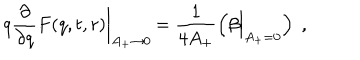
LaTeX: q \frac { \partial } { \partial q } F ( q , t , r ) \biggl | _ { A _ { + } \to 0 } \, = \frac { 1 } { 4 A _ { + } } \left( \beta \Bigl | _ { A _ { + } = 0 } \right) \; ,